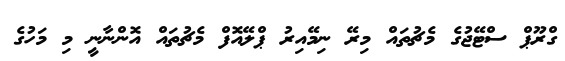
ގްރޫޕް ސްޓޭޖުގެ މެޗުތައް މިރޭ ނިމޭއިރު ޕްލޭއޮފް މެޗުތައް އޮންނާނީ މި މަހުގެ